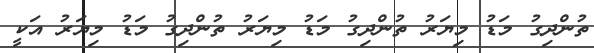
ތުންދިގު މަޑު މިޔަރު ތުންދިގު މަޑު މިޔަރު ތުންދިގު މަޑު މިޔަރު އަކީ